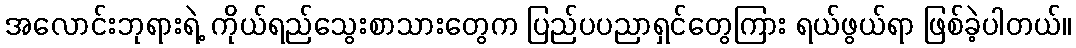
အလောင်းဘုရားရဲ့ ကိုယ်ရည်သွေးစာသားတွေက ပြည်ပပညာရှင်တွေကြား ရယ်ဖွယ်ရာ ဖြစ်ခဲ့ပါတယ်။